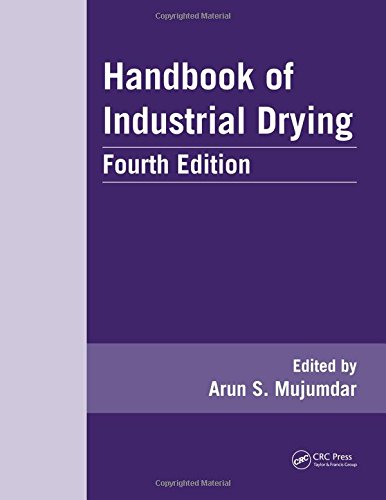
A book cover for Handbook of Industrial Drying, Fourth Edition; Science & Math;